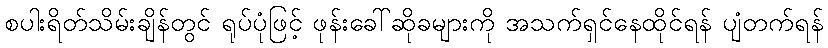
စပါးရိတ်သိမ်းချိန်တွင် ရုပ်ပုံဖြင့် ဖုန်းခေါ်ဆိုခများကို အသက်ရှင်နေထိုင်ရန် ပျံတက်ရန်